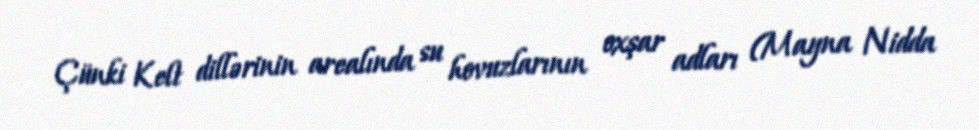
Çünki Kelt dillərinin arealında su hovuzlarının oxşar adları (Mayna Nidda